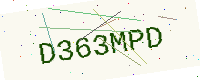
Text: D363MPD